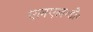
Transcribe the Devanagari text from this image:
एलएल॰डी॰